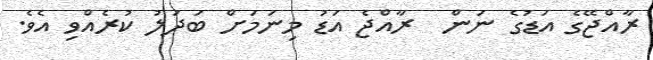
ރާއްޖޭގެ އަޑުގެ ނަން  ރާއްޖެ އަޑު މިނަމަށް ބަދަލު ކުރެއްވި އެވެ.